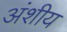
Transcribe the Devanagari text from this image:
अंशीय